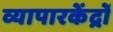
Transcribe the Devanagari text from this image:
व्यापारकेंद्रों